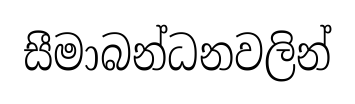
සීමාබන්ධනවලින්